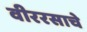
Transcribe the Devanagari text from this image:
वीररसाचे